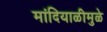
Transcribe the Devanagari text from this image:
मांदियाळीमुळे